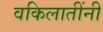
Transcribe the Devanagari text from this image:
वकिलातींनी